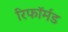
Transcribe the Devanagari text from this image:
रिफॉर्मड